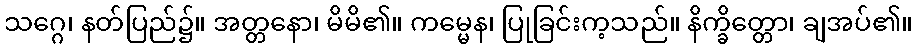
သဂ္ဂေ၊ နတ်ပြည်၌။ အတ္တနော၊ မိမိ၏။ ကမ္မေန၊ ပြုခြင်းက့သည်။ နိက္ခိတ္တော၊ ချအပ်၏။